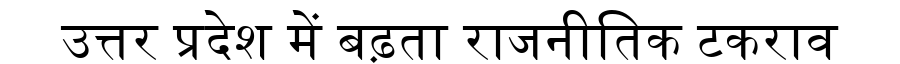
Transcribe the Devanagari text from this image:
उत्तर प्रदेश में बढ़ता राजनीतिक टकराव